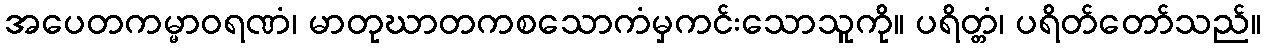
အပေတကမ္မာဝရဏံ၊ မာတုဃာတကစသောကံမှကင်းသောသူကို။ ပရိတ္တံ၊ ပရိတ်တော်သည်။